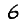
Digit: 6